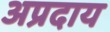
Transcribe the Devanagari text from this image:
अप्रदाय